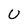
Character: U